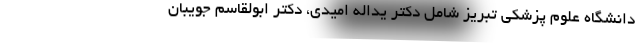
دانشگاه علوم پزشکی تبریز شامل دکتر یداله امیدی، دکتر ابولقاسم جویبان